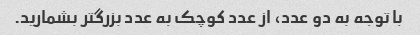
با توجه به دو عدد، از عدد کوچک به عدد بزرگتر بشمارید.